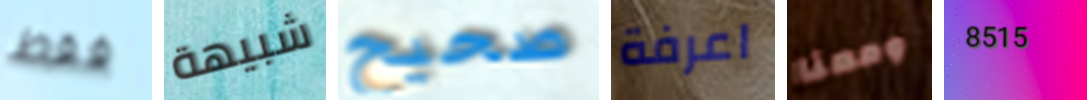
فقط شبيهة صحيح اعرفة ومعنا 8515